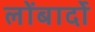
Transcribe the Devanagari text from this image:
लोंबार्दो